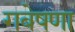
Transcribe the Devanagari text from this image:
गबेषणा